Civil Veterinary Dept. North-West Frontier Province 1901-22 - 1901-1922
Year: 1901
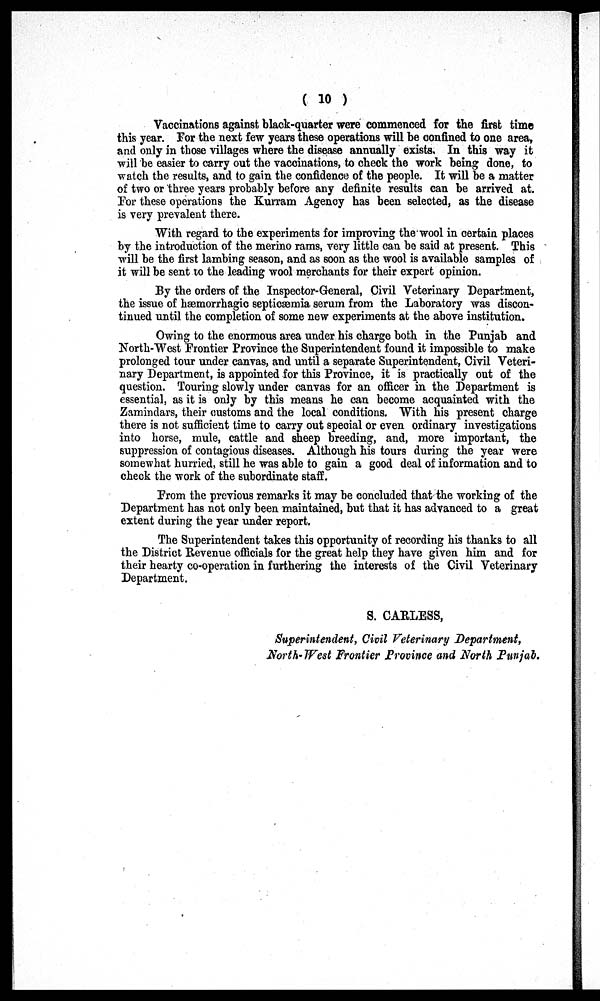
( 10 )
Vaccinations against black-quarter were commenced for the first time
this year. For the next few years these operations will be confined to one area,
and only in those villages where the disease annually exists. In this way it
will be easier to carry out the vaccinations, to check the work being done, to
watch the results, and to gain the confidence of the people. It will be a matter
of two or three years probably before any definite results can be arrived at.
For these operations the Kurram Agency has been selected, as the disease
is very prevalent there.
With regard to the experiments for improving the wool in certain places
by the introduction of the merino rams, very little can be said at present. This
will be the first lambing season, and as soon as the wool is available samples of
it will be sent to the leading wool merchants for their expert opinion.
By the orders of the Inspector-General, Civil Veterinary Department,
the issue of hæmorrhagic septicæmia serum from the Laboratory was discon-
tinued until the completion of some new experiments at the above institution.
Owing to the enormous area under his charge both in the Punjab and
North-West Frontier Province the Superintendent found it impossible to make
prolonged tour under canvas, and until a separate Superintendent, Civil Veteri-
nary Department, is appointed for this Province, it is practically out of the
question. Touring slowly under canvas for an officer in the Department is
essential, as it is only by this means he can become acquainted with the
Zamindars, their customs and the local conditions. With his present charge
there is not sufficient time to carry out special or even ordinary investigations
into horse, mule, cattle and sheep breeding, and, more important, the
suppression of contagious diseases. Although his tours during the year were
somewhat hurried, still he was able to gain a good deal of information and to
check the work of the subordinate staff.
From the previous remarks it may be concluded that the working of the
Department has not only been maintained, but that it has advanced to a great
extent during the year under report.
The Superintendent takes this opportunity of recording his thanks to all
the District Revenue officials for the great help they have given him and for
their hearty co-operation in furthering the interests of the Civil Veterinary
Department.
S. CARLESS,
Superintendent, Civil Veterinary Department,
North-West Frontier Province and North Punjab.